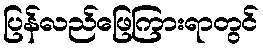
ပြန်လည်ဖြေကြားရာတွင်